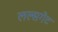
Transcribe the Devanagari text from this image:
लल्सगेट